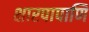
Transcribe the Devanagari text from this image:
क्षारपापाणि